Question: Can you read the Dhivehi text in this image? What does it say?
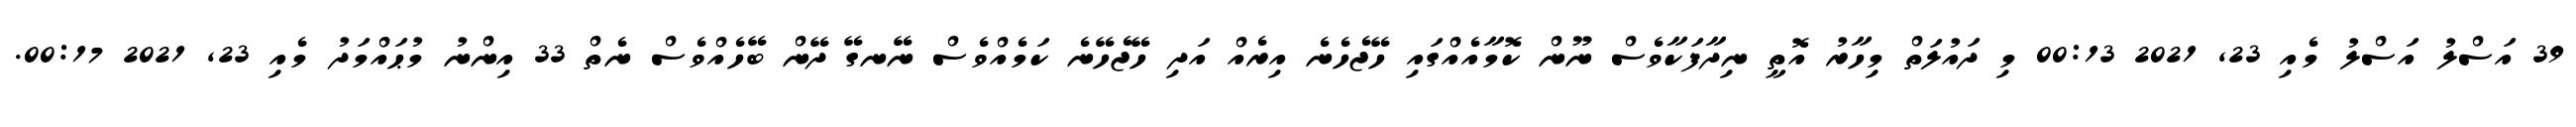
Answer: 39 އަސްލު އަސްލު މެއި 23, 2021 00:13 މި ދައުލަތް މިހާރު އޮތީ ނިދާފަކާވެސް ނޫން ކޮމާއެއްގައި ހޭޖެހެނެ އިރެއް އަދި ހޭޖެހޭނެ ކަމެއްވެސް ނޭނގޭ ދޭން ބޭހެއްވެސް ނެތް 33 އިންނު މުޙައްމަދު މެއި 23, 2021 00:17.